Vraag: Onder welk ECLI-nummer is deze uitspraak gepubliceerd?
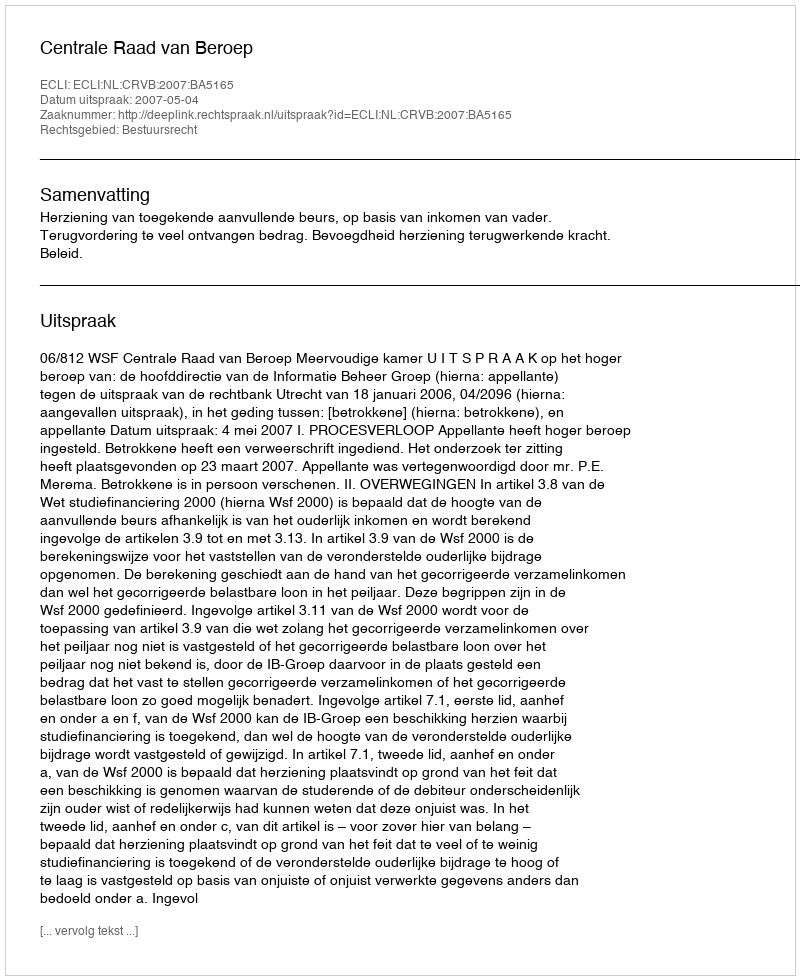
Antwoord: ECLI:NL:CRVB:2007:BA5165